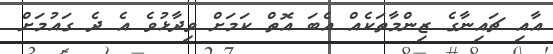
އާއި ޗައިނާގެ ޒިންމާތަކެއް އެބަ އޮތް ކަމަށް ވިދާޅުވެ އެ ދެ ގައުމަށް